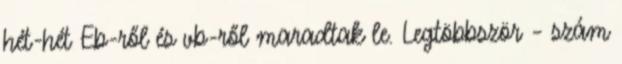
hét-hét Eb-ről és vb-ről maradtak le. Legtöbbször – szám